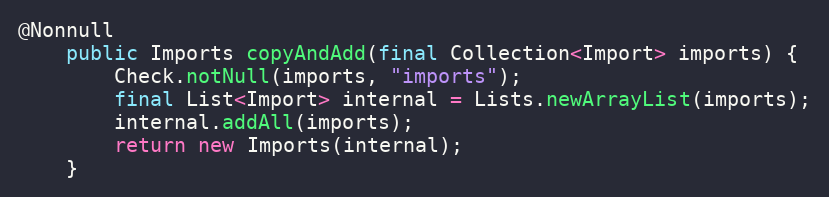
Language: Java
@Nonnull
	public Imports copyAndAdd(final Collection<Import> imports) {
		Check.notNull(imports, "imports");
		final List<Import> internal = Lists.newArrayList(imports);
		internal.addAll(imports);
		return new Imports(internal);
	}